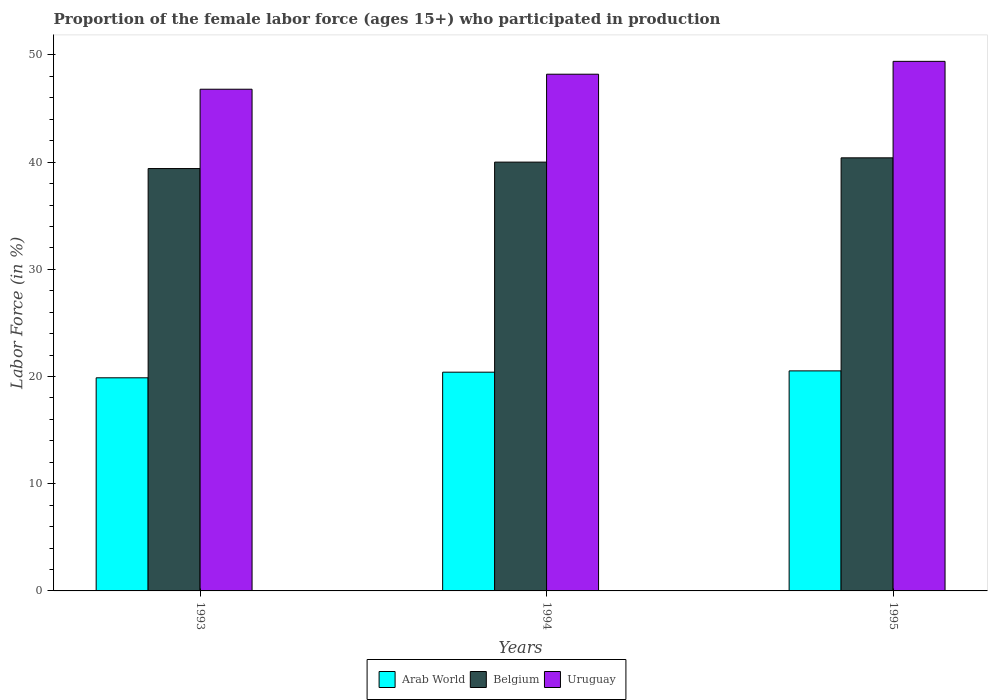
| Years | Arab World | Belgium | Uruguay |
 | --- | --- | --- | --- |
 | 1993 | 19.9 | 39.4 | 46.8 |
 | 1994 | 20.4 | 40 | 48.2 |
 | 1995 | 20.5 | 40.4 | 49.4 |